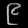
Digit: ၉